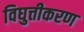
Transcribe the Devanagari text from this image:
विघुत्तीकरण